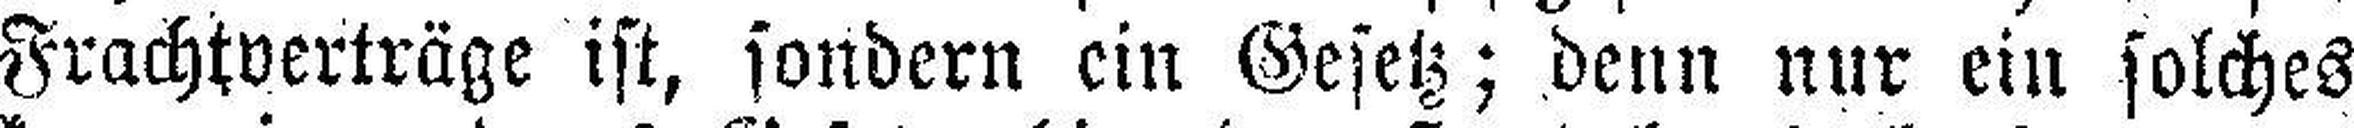
Frachtverträge ist, sondern ein Gesetz; denn nur ein solches